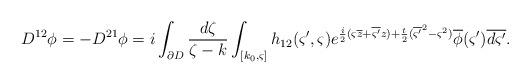
LaTeX: \begin{align*}D^{12}\phi = -D^{21}\phi=i\int_{\partial D} \frac{d\zeta}{\zeta -k}\int_{[k_0,\varsigma]} {h_{12}(\varsigma',\varsigma)} e^{{\frac{i}{2}}(\varsigma \overline{z}+\overline{\varsigma'}z)+\frac{t}{2}(\overline{\varsigma'}^2-\varsigma^2)}\overline{\phi}(\varsigma ')\overline{d\varsigma'}.\end{align*}